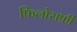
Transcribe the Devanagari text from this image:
फिलोसफ़ी